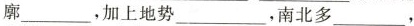
廓，加上地势______，南北多_________，